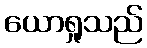
ယောရှုသည်